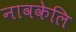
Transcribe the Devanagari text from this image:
नावकेलि